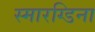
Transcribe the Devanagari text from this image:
स्मारग्डिना